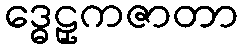
ဒ္ဓေဠှကဇာတာ